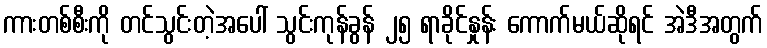
ကားတစ်စီးကို တင်သွင်းတဲ့အပေါ် သွင်းကုန်ခွန် ၂၅ ရာခိုင်နှုန်း ကောက်မယ်ဆိုရင် အဲဒီအတွက်